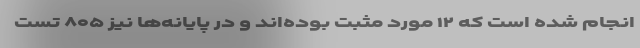
انجام شده است که ۱۲ مورد مثبت بوده‌اند و در پایانه‌ها نیز ۸۰۵ تست